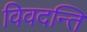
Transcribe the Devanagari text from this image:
विवदन्ति